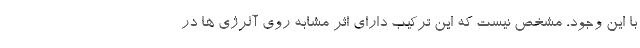
با این وجود، مشخص نیست که این ترکیب دارای اثر مشابه روی آلرژی ها در